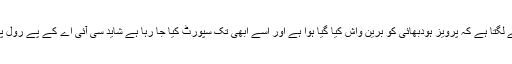
مجھے لگتا ہے کہ پرویز ہودبھائی کو برین واش کیا گیا ہوا ہے اور اسے ابھی تک سپورٹ کیا جا رہا ہے شاید سی آئی اے کے پے رول پر ہو ۔